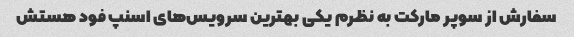
سفارش از سوپر مارکت به نظرم یکی بهترین سرویس‌های اسنپ فود هستش